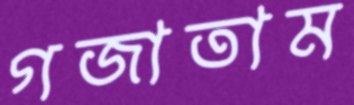
গজাতাম